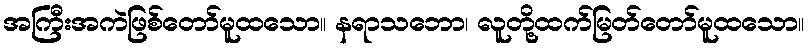
အကြီးအကဲဖြစ်တော်မူထသော။ နရာသဘော၊ လူတို့ထက်မြတ်တော်မူထသော။